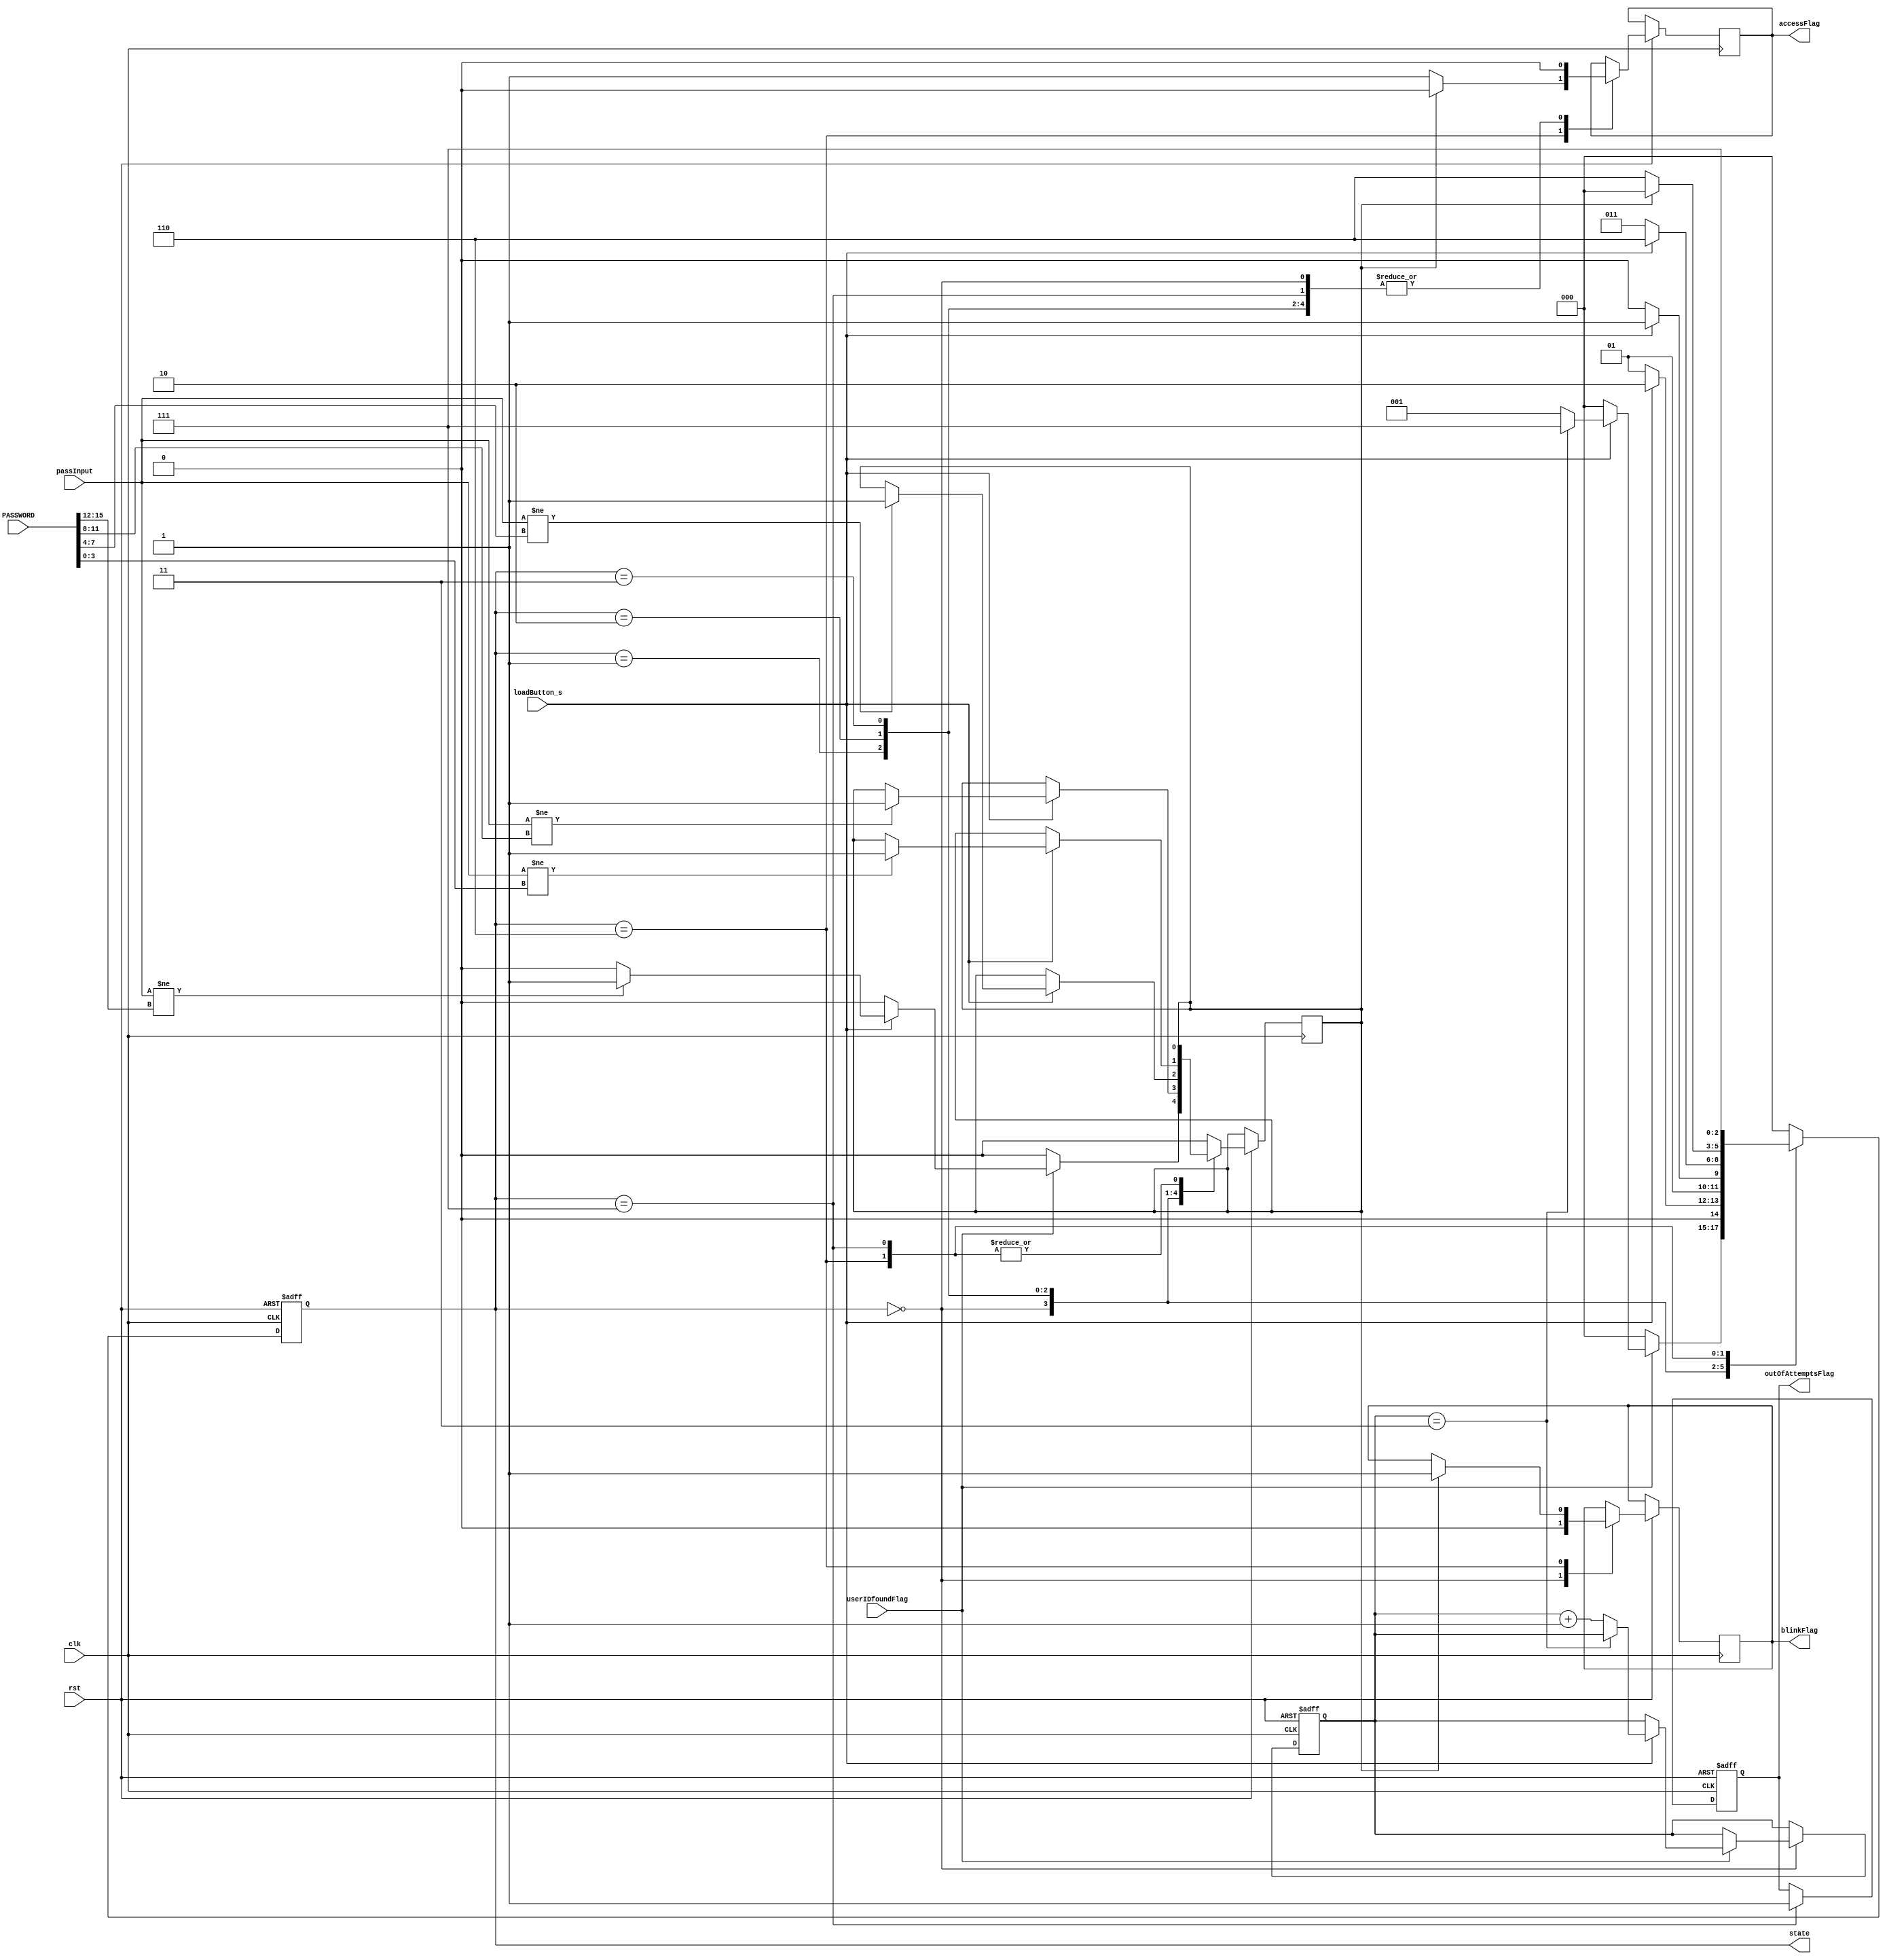
module accessControl (userIDfoundFlag, loadButton_s, PASSWORD, passInput, clk, rst, accessFlag, blinkFlag, outOfAttemptsFlag,state);
	input loadButton_s, rst, clk, userIDfoundFlag;
	input[3:0] passInput;
	input[15:0] PASSWORD;
	output reg accessFlag, blinkFlag, outOfAttemptsFlag;
	output reg[2:0] state;
	reg isFlagRed;
	reg[1:0] attemptCnt;

	parameter	BIT0	= 3'b000,				// 7 States
			BIT1	= 3'b001,
		 	BIT2	= 3'b010,
			BIT3	= 3'b011,
			BIT4	= 3'b100,
			BIT5	= 3'b101,
		   VERIFICATION = 3'b110,
			END	= 3'b111;

	parameter	PRESSED	= 1'b0,					
			YES 	= 1'b1,
			NO	= 1'b0;


	always @ (posedge clk, negedge rst)	begin	
		if(~rst)	begin
			state <= BIT0;
			attemptCnt <= 0;
			outOfAttemptsFlag <= NO;
		end
		else	begin
			case(state)
				BIT0: begin
					accessFlag <= NO;
					isFlagRed <= NO;
					blinkFlag <= 0;
					if(userIDfoundFlag)	begin
						if(loadButton_s == YES)	begin
							if(passInput != PASSWORD[15:12])	begin
								isFlagRed <= YES;
							end
							if(attemptCnt == 2'b111)	begin
								state <= END;
							end
							else	begin
								attemptCnt <= attemptCnt + 1;
								state <= BIT1;
							end
						end
						else begin
							state <= BIT0;
						end
					end
					else	begin
						state <= BIT0;
					end
				end
				
				BIT1: begin
					accessFlag <= NO;
					if(loadButton_s == YES)	begin
						
						if(passInput != PASSWORD[11:8])	begin
							isFlagRed = YES;
						end
						state <= BIT2;
					end
					else begin
						state <= BIT1;
					end
				end
				
				BIT2: begin
					accessFlag <= NO;
					if(loadButton_s == YES)	begin
						
						if(passInput != PASSWORD[7:4])	begin
							isFlagRed <= YES;
						end
						state <= BIT3;
					end
					else begin
						state <= BIT2;
					end
				end
				BIT3: begin
					accessFlag <= NO;
					if(loadButton_s == YES)	begin
						
						if(passInput != PASSWORD[3:0])	begin
							isFlagRed <= YES;
						end
						state <= VERIFICATION;
					end
					else begin
						state <= BIT3;
					end
				end
				VERIFICATION:	begin
					if(isFlagRed == NO)	begin
						accessFlag <= YES;
						state <= VERIFICATION;
					end
					else begin
						accessFlag <= NO;
						blinkFlag <= 1;
						state <= BIT0;
					end
				end
				END:	begin
					outOfAttemptsFlag <= YES;
					accessFlag <= NO;
					state <= END;
				end
				default:	begin
					isFlagRed <= NO;
					state <= BIT0;
				end
			endcase
		end
	end
endmodule